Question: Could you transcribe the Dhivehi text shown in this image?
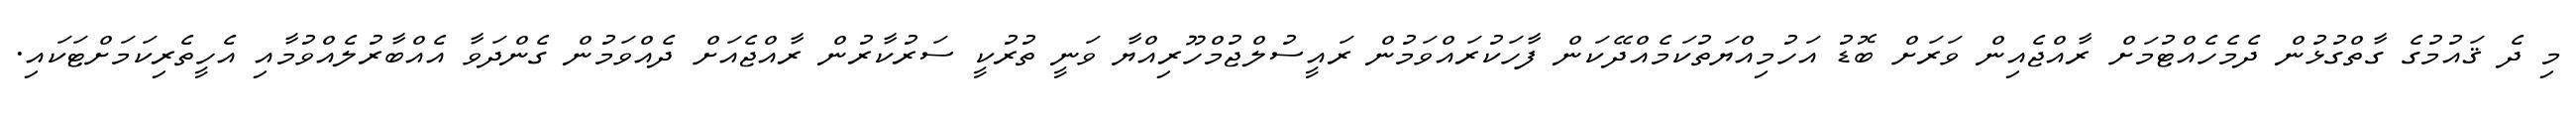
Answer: މި ދެ ޤައުމުގެ ގާތްގުޅުން ދެމެހެއްޓުމަށް ރާއްޖެއިން ވަރަށް ބޮޑު އަހުމިއްޔަތުކަމެއްދޭކަން ފާހަކުރައްވަމުން ރައީސުލްޖުމްހޫރިއްޔާ ވަނީ ތުރުކީ ސަރުކާރުން ރާއްޖެއަށް ދެއްވަމުން ގެންދަވާ އެއްބާރުލެއްވުމާއި އެހީތެރިކަމަށްޓަކައި.